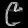
Digit: ၉